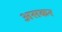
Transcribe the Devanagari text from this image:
असकर